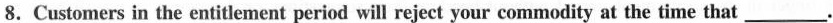
8.Customers in the entitlement period will reject your commodity at the time that___.